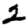
Digit: 2